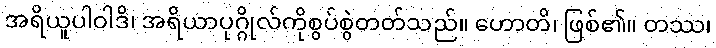
အရိယူပါဝါဒိ၊ အရိယာပုဂ္ဂိုလ်ကိုစွပ်စွဲတတ်သည်။ ဟောတိ၊ ဖြစ်၏။ တဿ၊